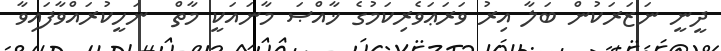
ދީނީ ނަޒަރަކުން ބަލާ އިރު ވަރަޢަވެރިކަމުގެ ޚާއްޞަ މާނައަކީ މާތް  ނަހީކުރައްވާފައިވާ